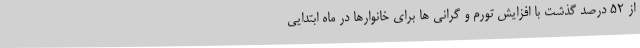
از ۵۲ درصد گذشت با افزایش تورم و گرانی ها برای خانوارها در ماه ابتدایی